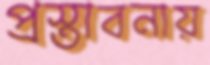
প্রস্তাবনায়